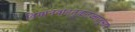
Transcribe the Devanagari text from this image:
विमानवाहतूकतज्ज्ञानुसार